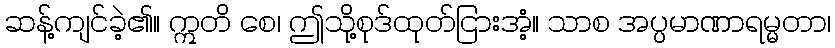
ဆန့်ကျင်ခဲ့၏။ ဣတိ စေ၊ ဤသို့စုဒ်ထုတ်ငြားအံ့။ သာစ အပ္ပမာဏာရမ္မတာ၊